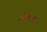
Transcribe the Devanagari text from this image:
डल्विन